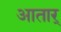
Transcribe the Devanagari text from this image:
आतार्